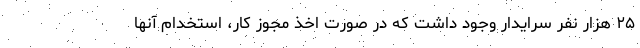
۲۵ هزار نفر سرایدار وجود داشت که در صورت اخذ مجوز کار، استخدام آنها